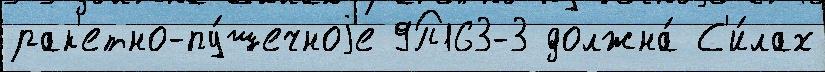
рак'етно-пу́шечноjе 9П163-3 должна́ С'и́лах